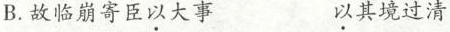
B.故临崩寄臣以大事 以其境过清